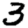
Digit: 3